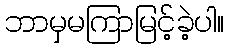
ဘာမှမကြာမြင့်ခဲ့ပါ။